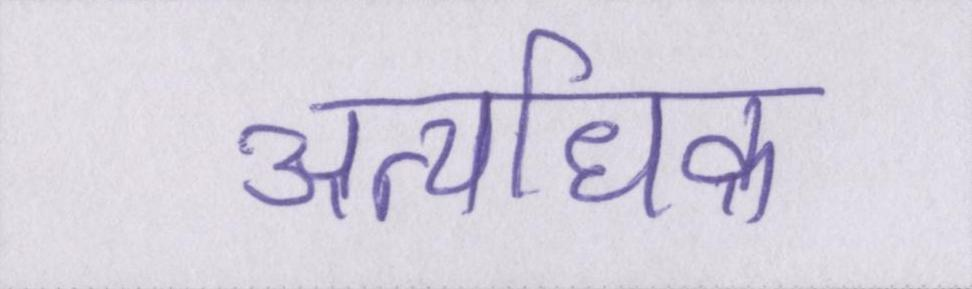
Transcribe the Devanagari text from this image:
अत्यधिक